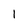
Character: l